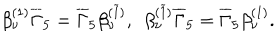
\beta _ { \nu } ^ { ( 1 ) } \overline { { { \Gamma } } } _ { 5 } = \overline { { { \Gamma } } } _ { 5 } \beta _ { \nu } ^ { ( \widetilde { 1 } ) } , ~ ~ \beta _ { \nu } ^ { ( \widetilde { 1 } ) } \overline { { { \Gamma } } } _ { 5 } = \overline { { { \Gamma } } } _ { 5 } \beta _ { \nu } ^ { ( 1 ) } .